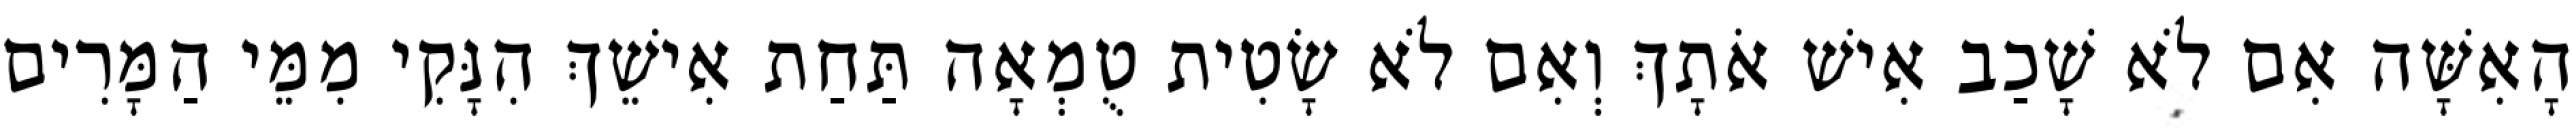
הָאִשָּׁה אִם לֹא שָׁכַב אִישׁ אֹתָךְ וְאִם לֹא שָׂטִית טֻמְאָה תַּחַת אִישֵׁךְ הִנָּקִי מִמֵּי הַמָּרִים